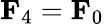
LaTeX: \mathbf{F}_{4}=\mathbf{F}_{0}